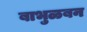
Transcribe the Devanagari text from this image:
बाभुळबन